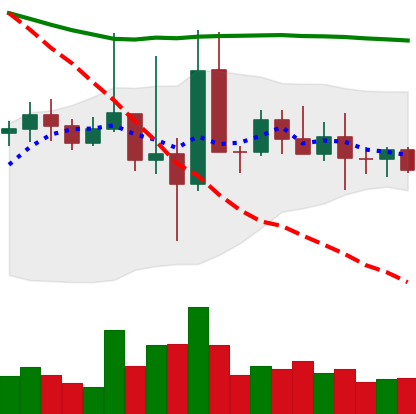
Ticker: TRX-USD
Chart end date: 2022-10-24
Forward return: 4.587%
Label: up_3_5